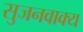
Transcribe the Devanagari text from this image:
सुजनवाक्य